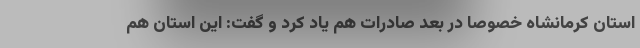
استان کرمانشاه خصوصا در بعد صادرات هم یاد کرد و گفت: این استان هم